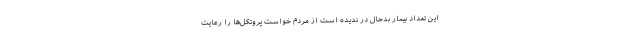
این تعداد بیمار بدحال در ندیده است از مردم خواست پروتکل‌ها را رعایت